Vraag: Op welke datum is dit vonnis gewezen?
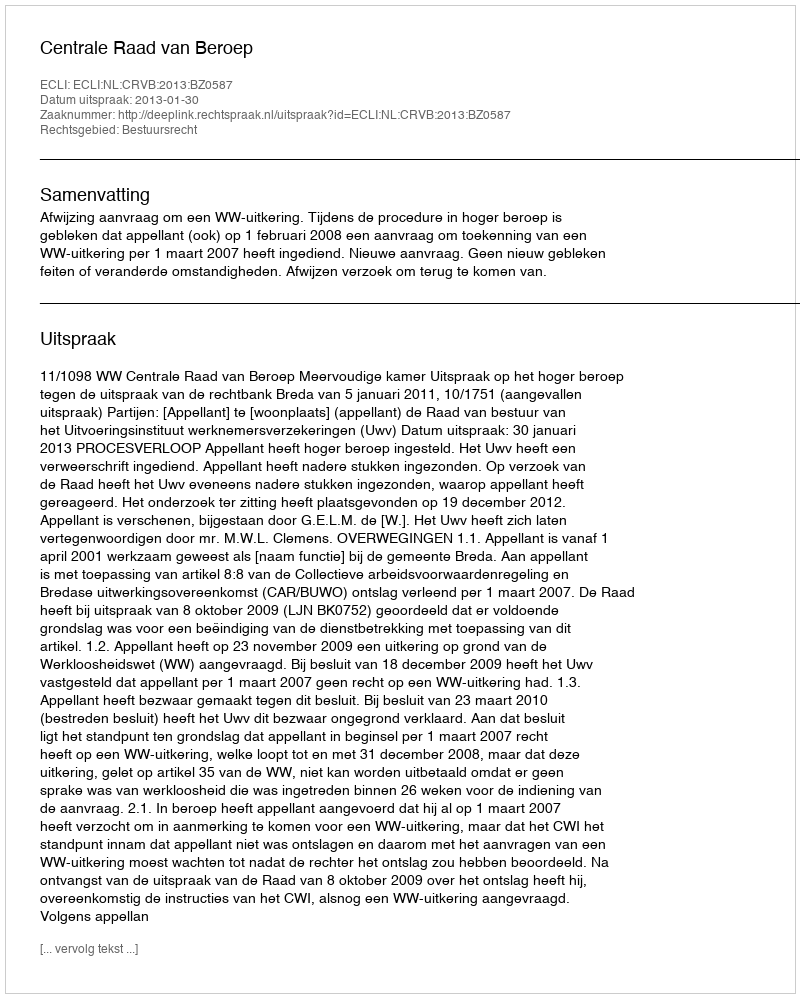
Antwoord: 2013-01-30